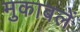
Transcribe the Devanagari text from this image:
मुकाबलें